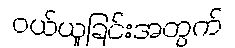
ဝယ်ယူခြင်းအတွက်